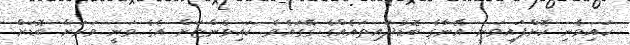
ކައިވެނި ކޮށްފައިވަނީ އޭނާގެ ބޮޑުދައިތައެއްގެ ގޭގައެވެ. ކައިވެންޏަށް އެގެ ވަނީ ވަރަށް ބޮޑަށް